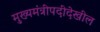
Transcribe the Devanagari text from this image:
मुख्यमंत्रीपदीदेखील